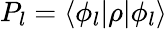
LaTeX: P_{l}=\langle\phi_{l}|\rho|\phi_{l}\rangle